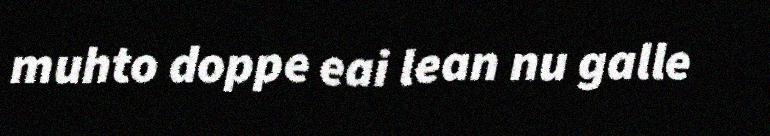
muhto doppe eai lean nu galle